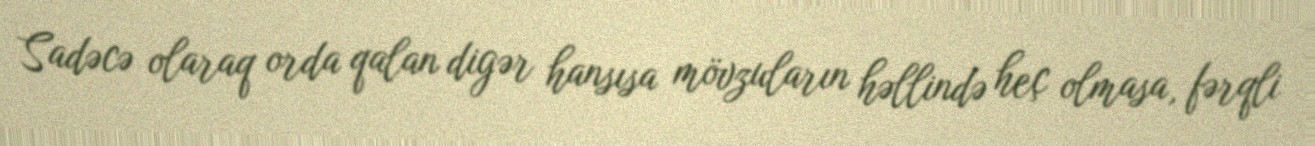
Sadəcə olaraq orda qalan digər hansısa mövzuların həllində heç olmasa, fərqli